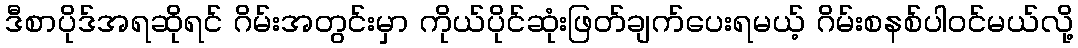
ဒီစာပိုဒ်အရဆိုရင် ဂိမ်းအတွင်းမှာ ကိုယ်ပိုင်ဆုံးဖြတ်ချက်ပေးရမယ့် ဂိမ်းစနစ်ပါဝင်မယ်လို့